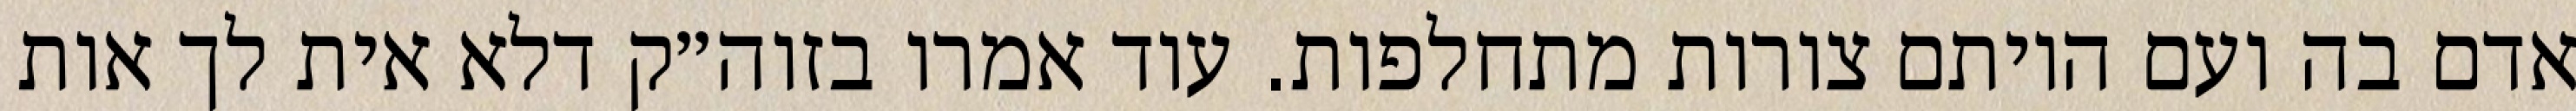
אדם בה ועם היותם צורות מתחלפות. עוד אמרו בזוה״ק דלא אית לך אות